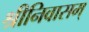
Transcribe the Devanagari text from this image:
श्रीनिवासम्‌